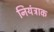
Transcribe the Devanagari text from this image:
नियंत्राक